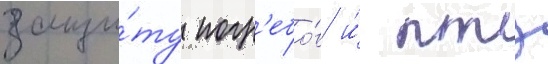
защи́ту погр'ебо́в и́ птз